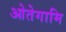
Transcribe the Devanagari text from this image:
ओतेगामि